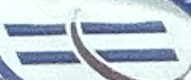
H